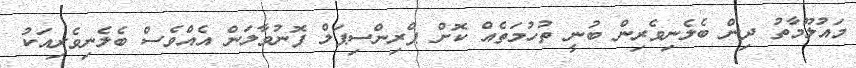
މައުލޫމާތު ދިން ބެލެނިވެރިން ބުނީ ތުހުމަތެއް ކޮށް ޕްރިންސިޕަލް ފޮނުވާލަން އެއްވެސް ބެލެނިވެރިއަކު